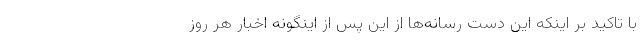
با تاکید بر اینکه این دست رسانه‌ها از این پس از اینگونه اخبار هر روز